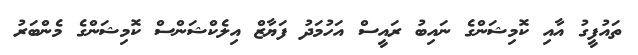
ތައުފީގު އާއި ކޮމިޝަންގެ ނައިބު ރައީސް އަހުމަދު ފަޔާޒް އިލެކްޝަންސް ކޮމިޝަންގެ މެންބަރު